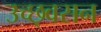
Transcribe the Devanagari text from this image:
उच्छ्वसन